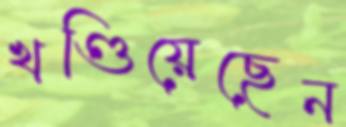
খণ্ডিয়েছেন